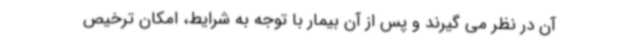
آن در نظر می گیرند و پس از آن بیمار با توجه به شرایط، امکان ترخیص